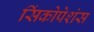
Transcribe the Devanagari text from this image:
सिंकोपेशंस